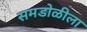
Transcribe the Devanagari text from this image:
समडोळीला